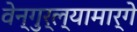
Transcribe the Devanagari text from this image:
वेन्गुर्ल्यामार्गे